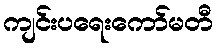
ကျင်းပရေးကော်မတီ